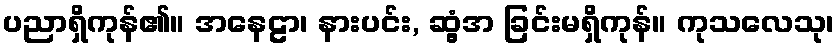
ပညာရှိကုန်၏။ အနေဠာ၊ နားပင်း, ဆွံ့အ ခြင်းမရှိကုန်။ ကုသလေသု၊